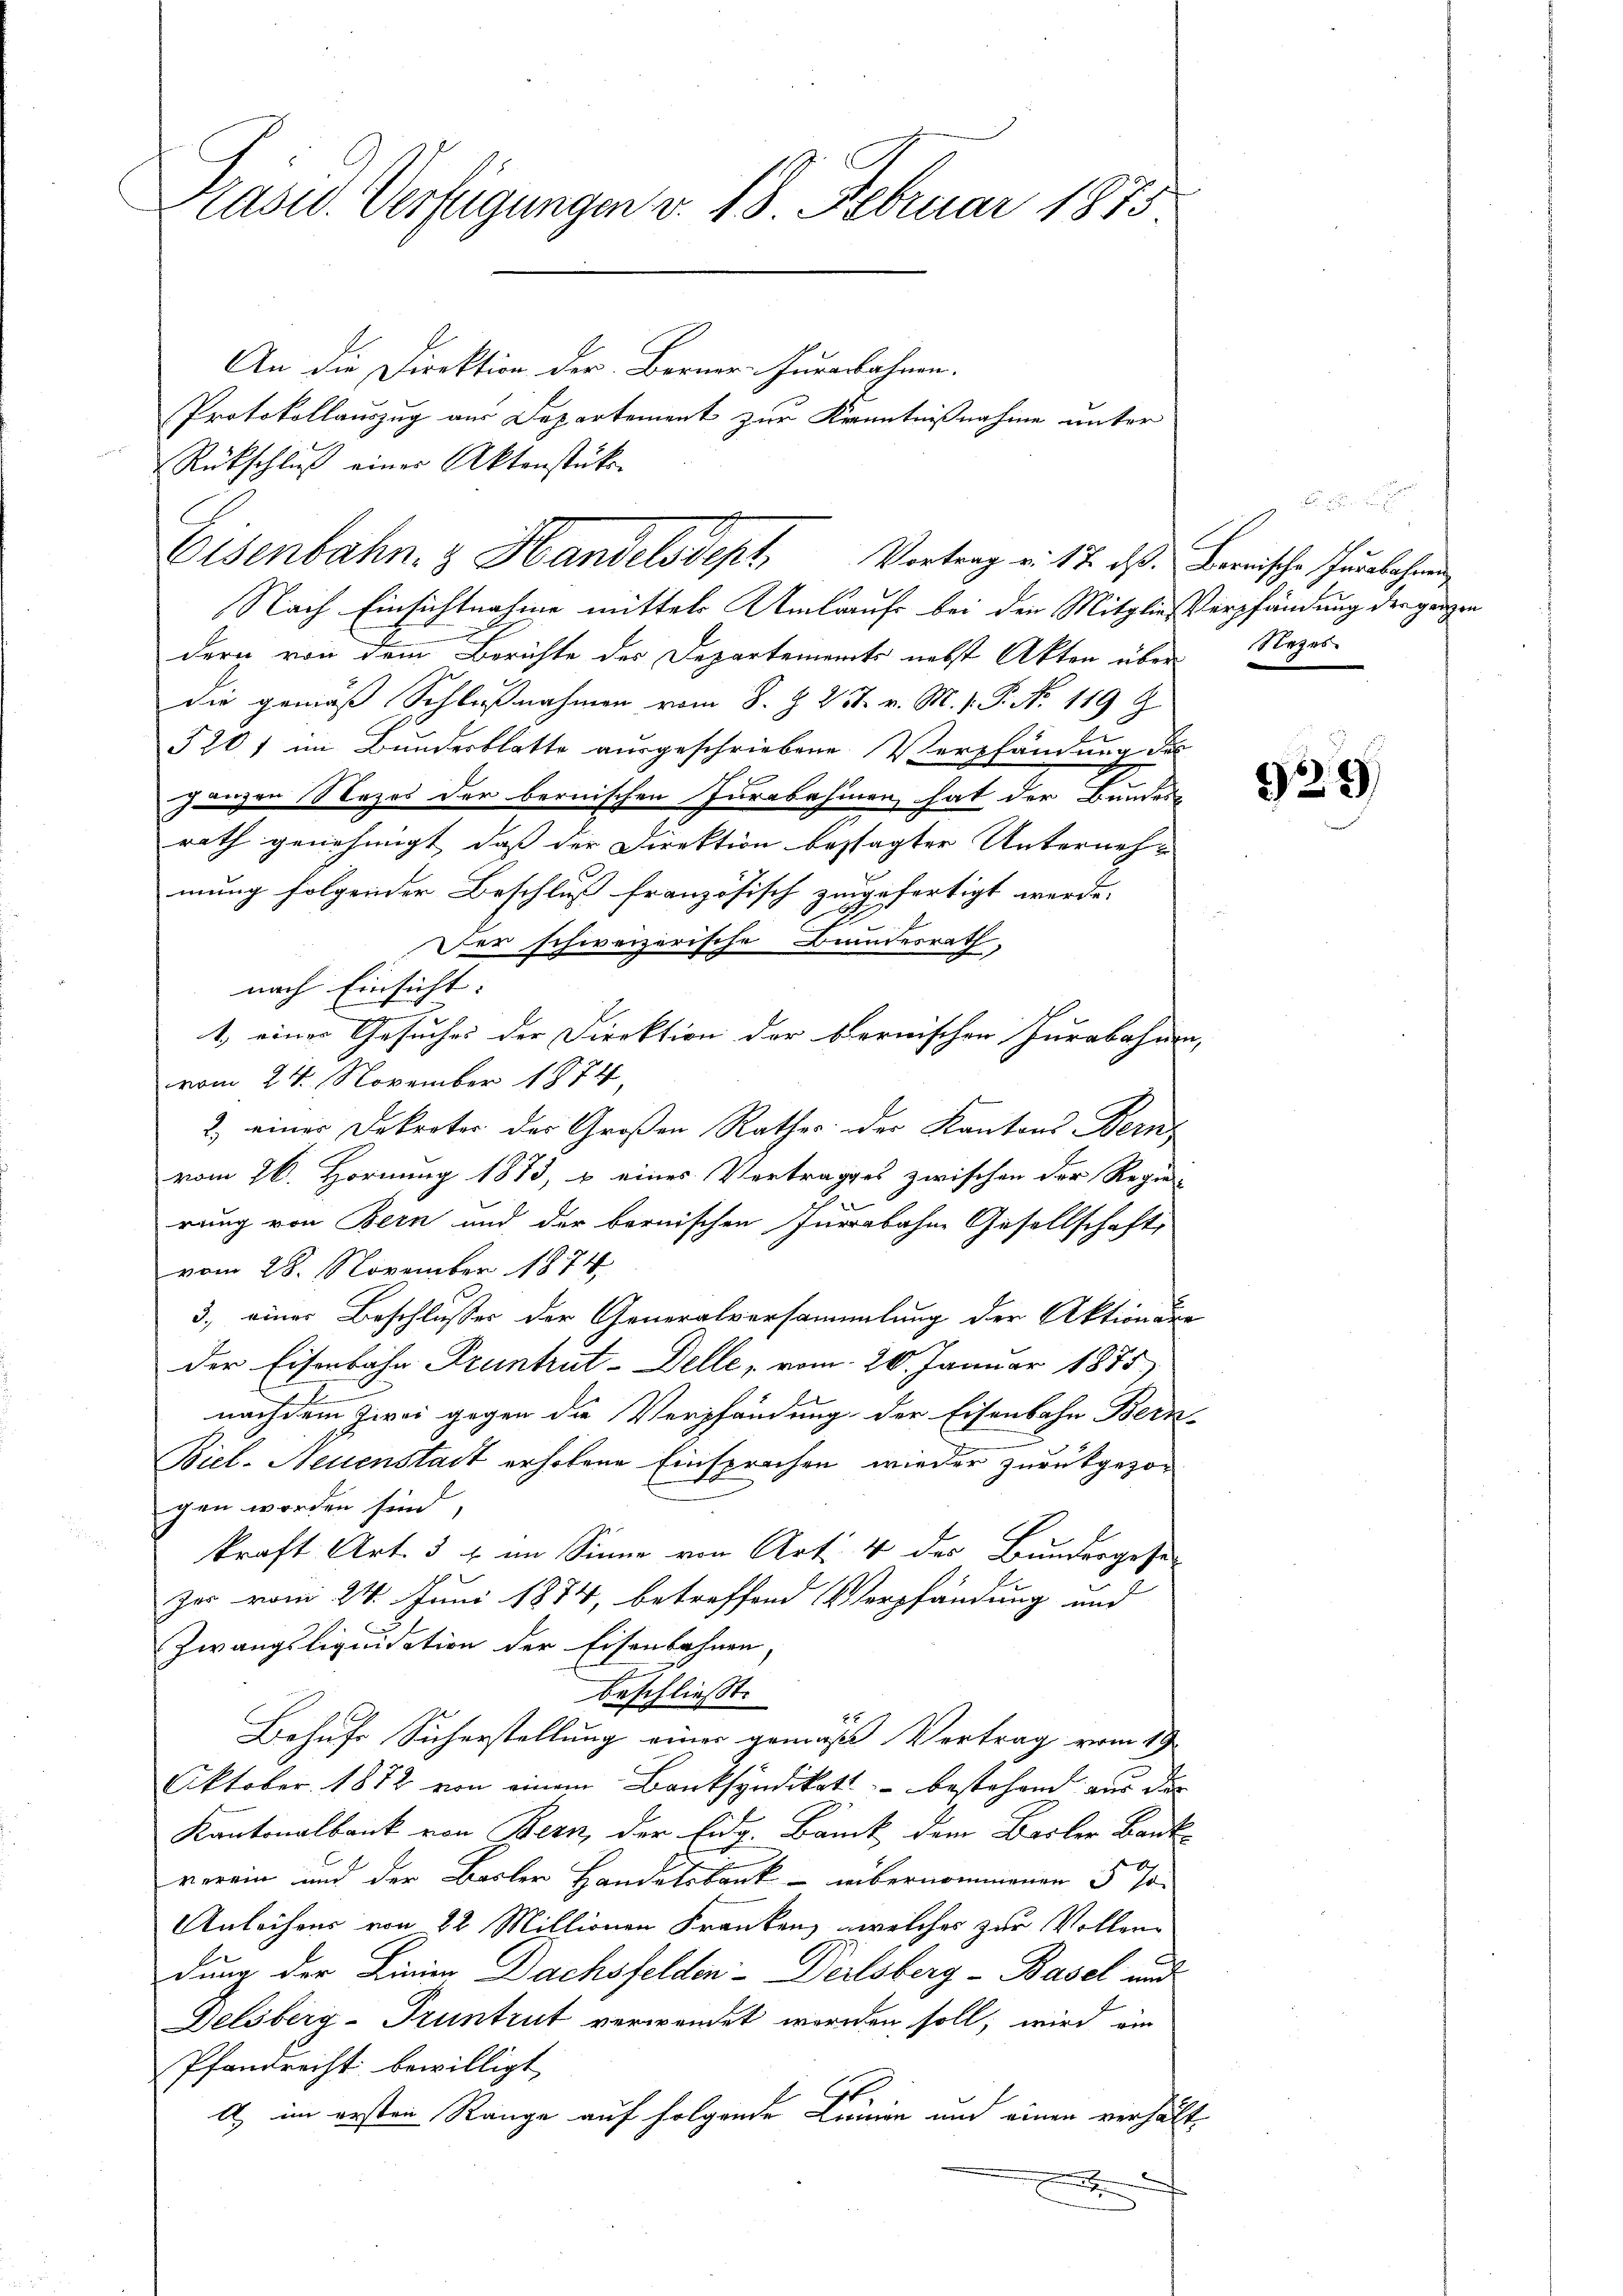
Präsid. Verfügungen v. 18. Februar 1875

An die Direktion der Berner-Furenbahnen.
Protokollauszug aus Departement zur Kenntnißnahme unter
Rückschluß einer Aktenstück-
Nach Einsichtnahme mittels Umlauf bei den Mitgließerpfändung der ganzen
dern von dem Berichte der Departements nebst Akten über Nezesdie gemäß Schlußnahmen vom 8. Z. 23. v. M. v. P. N. 119 J
520f im Bundesblatte ausgeschriebene Verpfändung des
ganzen Nezes der bernischen Jurabahmen, hat der Bundes-
rath genehmigt, daß der Direktion bestagter Unternehmung folgender Beschluß französisch zugefertigt werde.
1
Der schweizerische Bundesrath,
nach Einsicht:
1, einer Gesuches der Direktion der bernischen Jurabahnen- |
vom 24. November 1874,
2) einer Dekreter der Großen Rathes der Kantons Bern
vom 26. Hornung 1873, & eines Vertrages zwischen der Regie-
rung von Bern und der bernischen Jurabahne Gesellschaft,
vom 28. November 1874
3., einer Beschlusses der Generalversammlung der Aktionenr
der Eisenbahn Pruntrut-Delle, vom 20. Januar 1875)
nach dem Zwei gegen die Verpfändung der Eisenbahn Bern-
Biel-Neuenstadt erhobene Einsprachen wieder zurückgezogen worden sind,
kraft Art. 3 u. im Sinne von Art. 4 des Bundergesezes vom 24. Juni 1874, betreffend Verpfändung und
Zwangsliquidation der Eisenbahnen
beschließt:
2x
Behufs Sicherstellung einer gemäß Vertrag vom 19.
Oktober 1872 von einem Banksyndikats bestehend aus der
Kantonalbank von Bern, der Eidg. Banck dem Basler Bank
verein und der Basler Handelsbank übernommenen 5 Jo¬
Anleihens von 22 Millionen Franken, welches zur Vollendung der Linie Dachsfelden Deilsberg - Basel und
Delsberg-Pruntrut verwendet worden soll, wird ein
Pfandrecht bewilligt,
A im ersten Range auf folgende Linien und einen verhältf

Eisenbahn. & Handelsdept Vortrag v. 17. ds. Barrische furlehend

922)